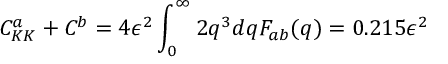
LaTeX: C _ { K K } ^ { a } + C ^ { b } = 4 \epsilon ^ { 2 } \displaystyle \int _ { 0 } ^ { \infty } 2 q ^ { 3 } d q F _ { a b } ( q ) = 0 . 2 1 5 \epsilon ^ { 2 }